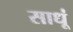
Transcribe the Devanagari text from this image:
साधूं